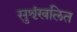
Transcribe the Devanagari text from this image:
सुशृंखलित